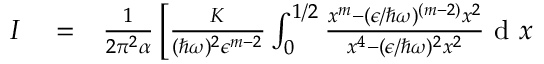
\begin{array} { r l r } { I } & { { } = } & { \frac { 1 } { 2 \pi ^ { 2 } \alpha } \left[ \frac { K } { ( \hbar \omega ) ^ { 2 } \epsilon ^ { m - 2 } } \int _ { 0 } ^ { 1 / 2 } \frac { x ^ { m } - ( \epsilon / \hbar \omega ) ^ { ( m - 2 ) } x ^ { 2 } } { x ^ { 4 } - ( \epsilon / \hbar \omega ) ^ { 2 } x ^ { 2 } } \textrm { d } x \right. } \end{array}